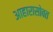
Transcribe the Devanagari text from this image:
आहारासोबत